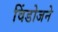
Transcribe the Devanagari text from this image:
विंडोजने